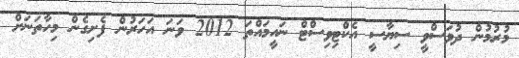
މުރުމުން ދުވަސްވީ ސިޔާސީ އެކްޓިވިސްޓް ނައީމައްތަ 2012 ވަނަ އަހަރުން ފެށިގެން މިހާތަނަށް